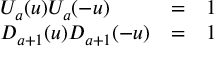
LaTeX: \begin{array} { l l l } { { U _ { a } ( u ) U _ { a } ( - u ) } } & { { = } } & { { 1 } } \\ { { D _ { a + 1 } ( u ) D _ { a + 1 } ( - u ) } } & { { = } } & { { 1 } } \end{array} \;